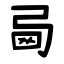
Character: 㢴